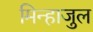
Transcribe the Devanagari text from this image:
मिन्हाजुल